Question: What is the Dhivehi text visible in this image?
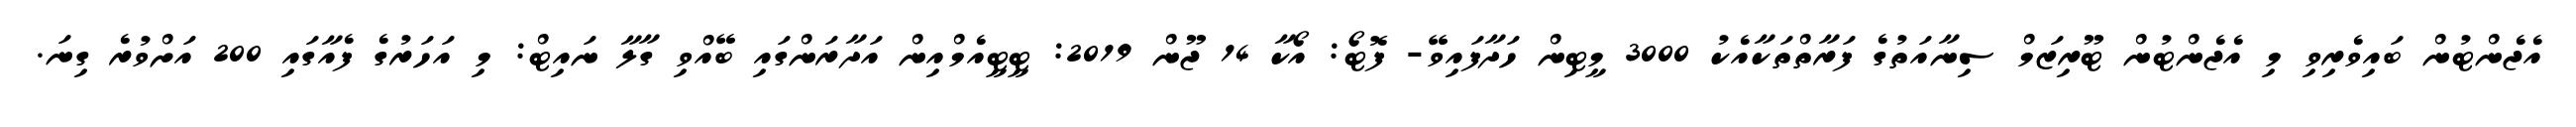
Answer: އެޖެންޓުން ބައިވެރިވި މި އެޖެންޓުން ޓޫރިޒަމް ސިނާއަތުގެ ފަރާތްތަކާއެކު 3000 މީޓިން ހަދާފައިވޭ- ފޮޓޯ: އޯކާ 14 ޖޫން 2019: ޓީޓީއެމްއިން އަދާރަންގައި ބޭއްވި ގާލާ ނައިޓް: މި އަހަރުގެ ފެއާގައި 200 އަށްވުރެ ގިނަ.